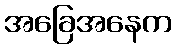
အခြေအနေက